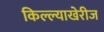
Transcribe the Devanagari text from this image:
किल्ल्याखेरीज